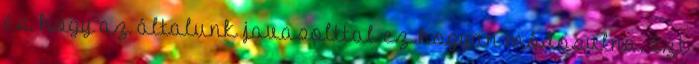
és, hogy az általunk javasolttal ez hogyan módosulna. Ezt